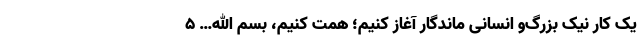
یک کار نیک بزرگ‌و انسانی ماندگار آغاز کنیم؛ همت کنیم، بسم الله… ۵